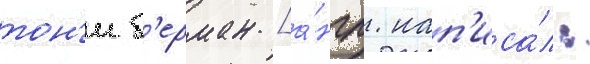
тон'и б'ерман [а́нгл. нап'иса́л: